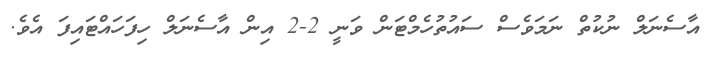
އާސެނަލް ނުކުތް ނަމަވެސް ސައުތުހެމްޓަން ވަނީ 2-2 އިން އާސެނަލް ހިފަހައްޓައިފަ އެވެ.